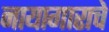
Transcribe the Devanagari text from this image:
नायागाराचे